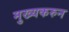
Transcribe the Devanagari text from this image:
मुख्यकरुन